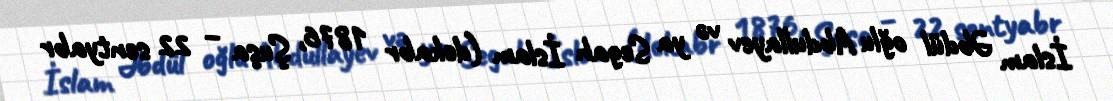
İslam Əbdül oğlu Abdullayev və ya Segah İslam (dekabr 1876, Şuşa – 22 sentyabr